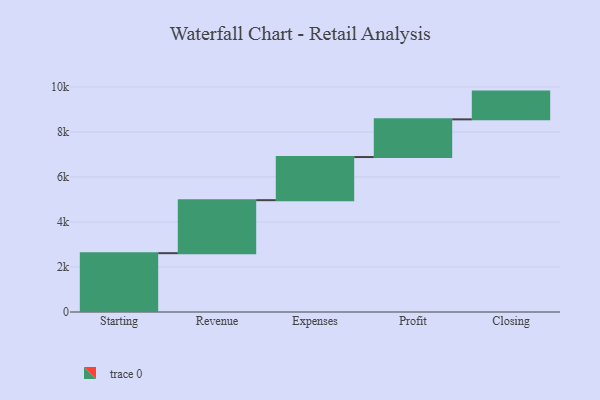
{"axis": {"x": "Step", "y": "Value"}, "legend": [""], "data": [{"x": "Starting", "y": 2614.0, "type": ""}, {"x": "Revenue", "y": 2355.0, "type": ""}, {"x": "Expenses", "y": 1917.0, "type": ""}, {"x": "Profit", "y": 1675.0, "type": ""}, {"x": "Closing", "y": 1233.0, "type": ""}]}